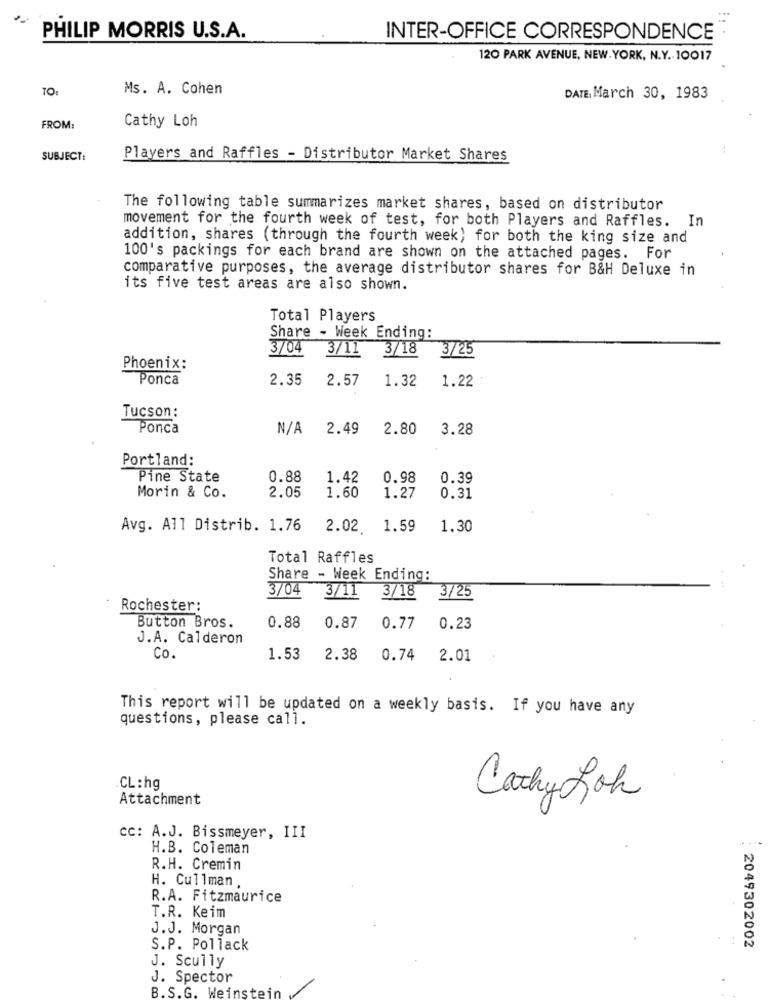
PHILIP MORRIS U.S.A.
INTER-OFFICE CORRESPONDENCE
120 PARK AVENUE, NEW-YORK, N.Y .. 10017
TOI
Ms. A. Cohen
DATE, March 30, 1983
FROM:
Cathy Loh
SUBJECT:
Players and Raffles - Distributor Market Shares
The following table summarizes market shares, based on distributor
movement for the fourth week of test, for both Players and Raffles. In
addition, shares (through the fourth week) for both the king size and
100's packings for each brand are shown on the attached pages. For
comparative purposes, the average distributor shares for B&H Deluxe in
its five test areas are also shown.
Total Players
Share - Week Ending:
3/04
3/18
3/25
3/11
Phoenix:
Ponca
2.35
2.57
1.32
1.22
Tucson:
Ponca
2.49
2.80
3.28
Portland:
Pine State
0.88
1.42
0.98
0.39
Morin & Co.
2.05
1.60
1.27
0.31
Avg. All Distrib. 1.76
2.02. 1.59
1.30
Total Raffles
Share - Week Ending:
3/04
3/11
3/18
3/25
Rochester:
Button Bros.
0.88
0.87
0.77
0.23
J.A. Calderon
Co.
1.53
2.38
0.74
2.01
This report will be updated on a weekly basis. If you have any
questions, please call.
CL:hg
Attachment
Cathy Rok
Cc: A.J. Bissmeyer, III
H.B. Coleman
R.H. Cremin
H. Cullman
R.A. Fitzmaurice
T.R. Keim
J.J. Morgan
S.P. Pollack
2049302002
J. Scully
J. Spector
B.S.G. Weinst